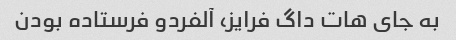
به جای هات داگ فرایز، آلفردو فرستاده بودن